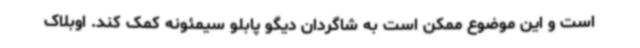
است و این موضوع ممکن است به شاگردان دیگو پابلو سیمئونه کمک کند. اوبلاک